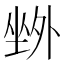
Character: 𡎢